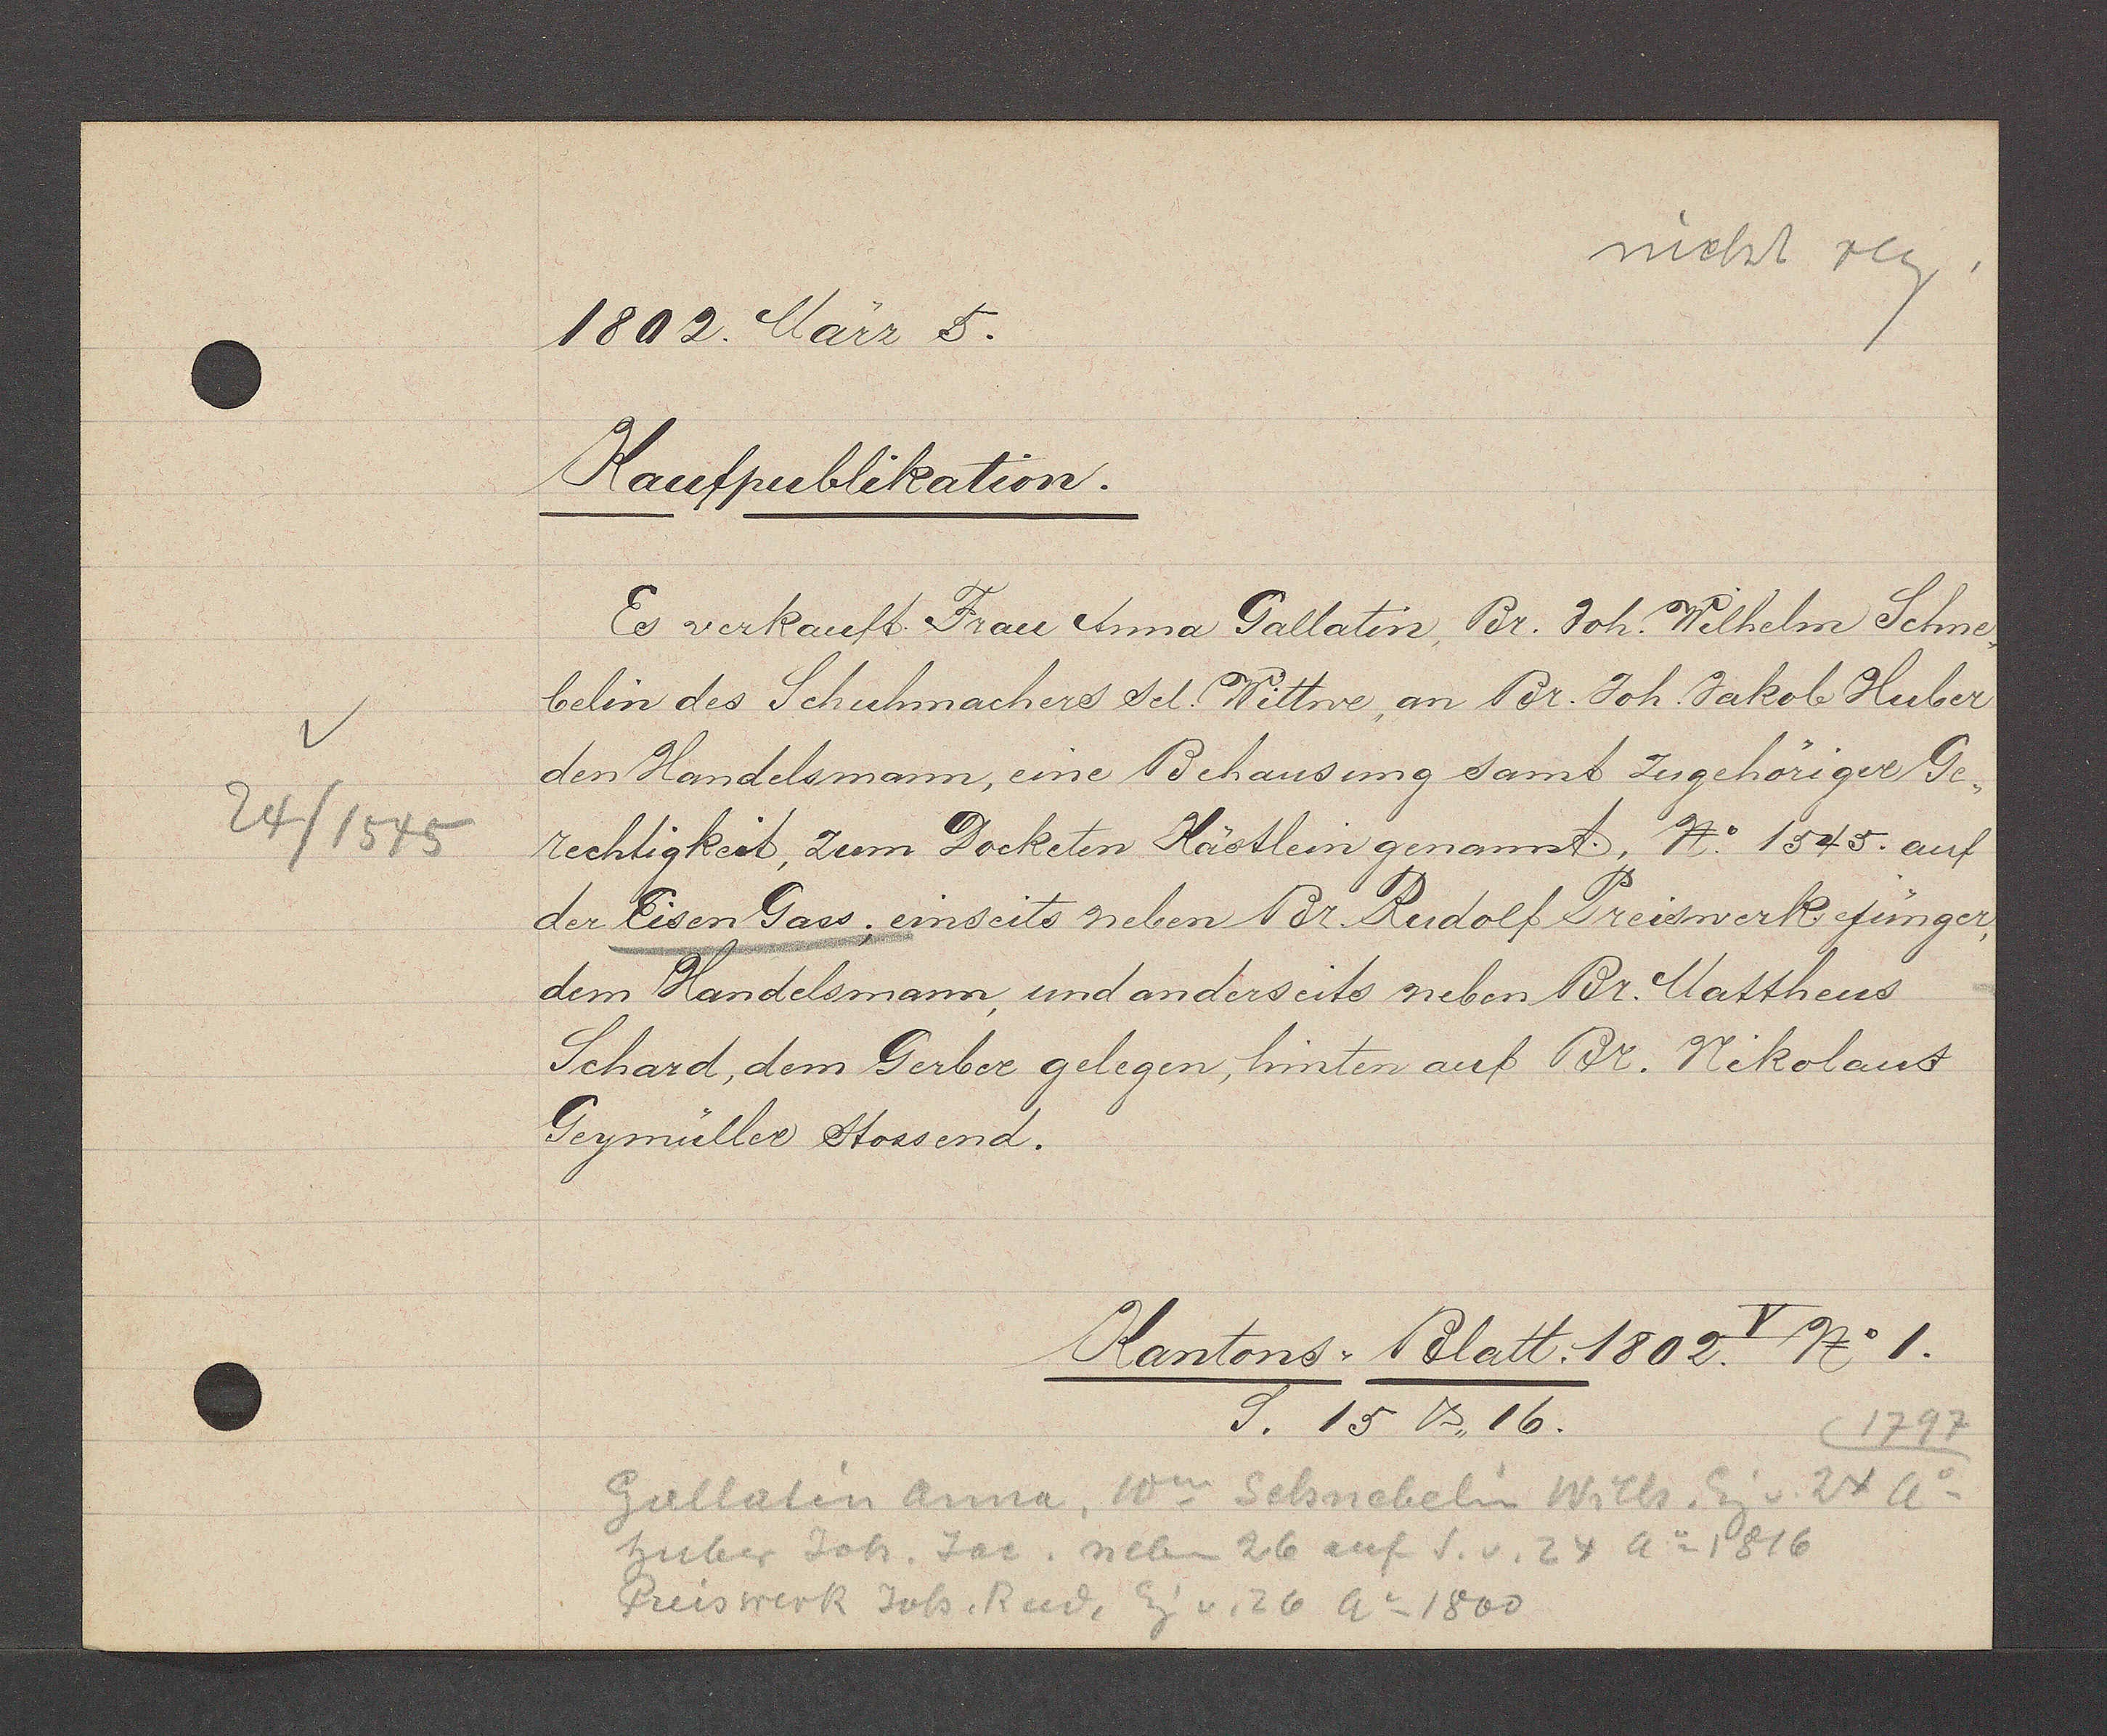
Transcript:
24/ 1545

nicht reg.
1802. März 5.
Kaufpublikation.
Es verkauft Frau Anna Gallatin, Br. Joh Wilhelm Schne-
belin des Schuhmachers sel. Wittwe, an Br. Joh. Jakob Huber
des Handelsmann, eine Behausung samt zugehöriger Ge-
rechtigkeit, zum Docketen Kästlein genannt, No: 1545. auf
der Eisen Gass. einseits neben Br. Rudolf Preiswerk jünger,
dem Handelsmann, und anderseits neben Br. Mattheus
Schard, dem Gerber gelegen, hinten auf Br. Nikolaus
Geymüller Stossend.
Fx1.
Kantons-Blatt 1802 V No 1.
S. 15 p. 16.
1797
Gallatin Anna, Ww Schnebeln Wilh Eg v. 24 Ao
Huber Joh. Jac. nebn 26 auf S.v.24 Ao 1816
Preiswerk Joh. Rud. Eg v. 26 Ao 1800